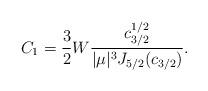
LaTeX: \begin{align*}C_1=\frac{3}{2}W\frac{c_{3/2}^{1/2} }{|\mu|^{3}J_{5/2}(c_{3/2}) }.\end{align*}